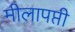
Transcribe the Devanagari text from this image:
मीलापप्ती